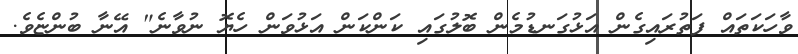
ވާހަކަތައް ފަތުރައިގެން އަޅުގަނޑުމެން ބޮލުގައި ކަންކަން އަޅުވަން ހެޔޮ ނުވާނެ" އޭނާ ބުންޏެވެ.